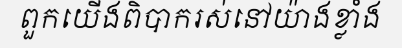
ពួកយើងពិបាករស់នៅយ៉ាងខ្លាំង